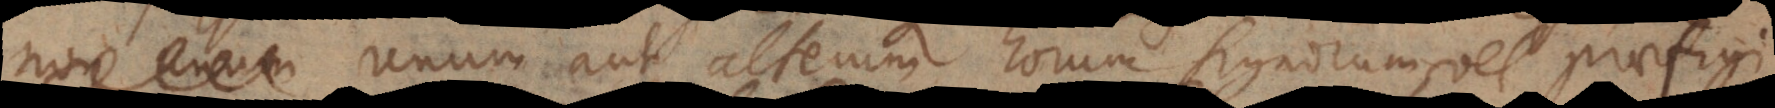
non unum unum aut alterum horum signorum vel praefigi